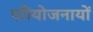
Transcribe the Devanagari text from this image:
परियोजनायों